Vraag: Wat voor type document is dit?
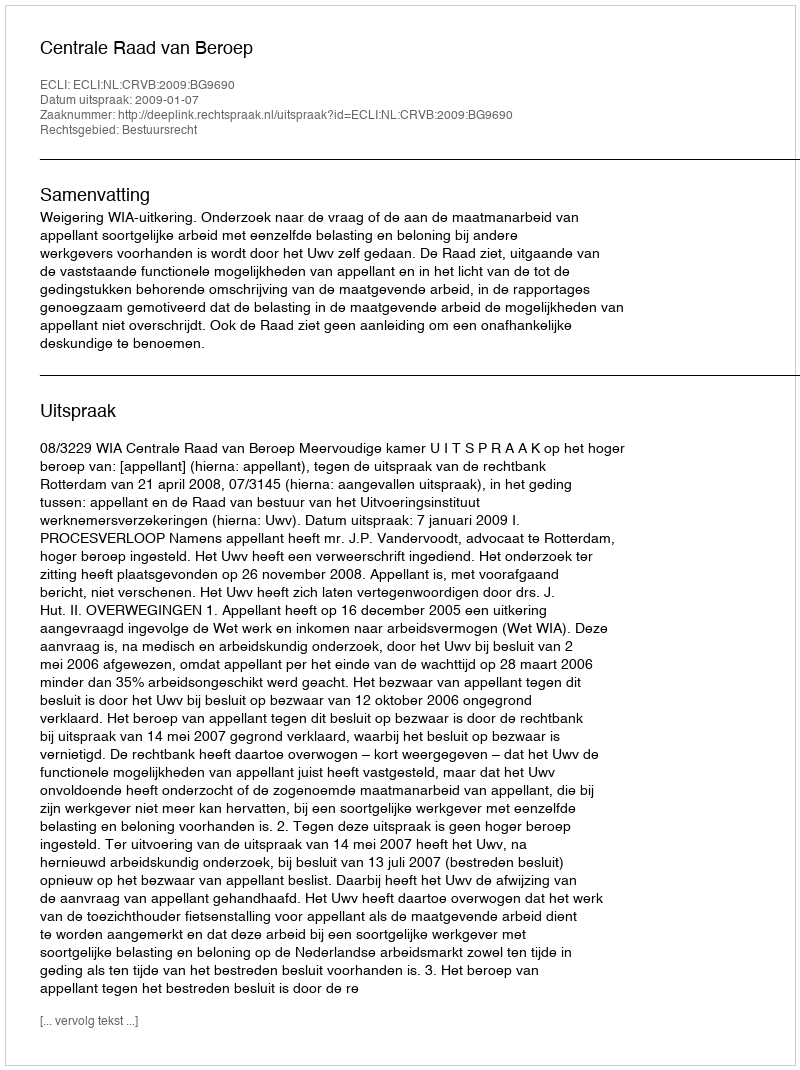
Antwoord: Uitspraak